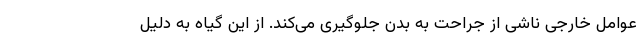
عوامل خارجی ناشی از جراحت به بدن جلوگیری می‌کند. از این گیاه به دلیل